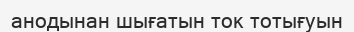
анодынан шығатын ток тотығуын